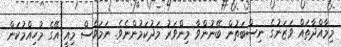
މިމާއްދާތައް ވަޒަނުގެ ނިސްބަތުން ބޭނުންވާ މިންވަރު މަދުކަމުންނެވެ. ނަމަވެސް މިއީ އޭގެ މުހިއްމުކަން